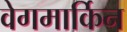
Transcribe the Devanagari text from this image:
वेगमार्किन